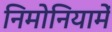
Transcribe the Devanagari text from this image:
निमोनियामें